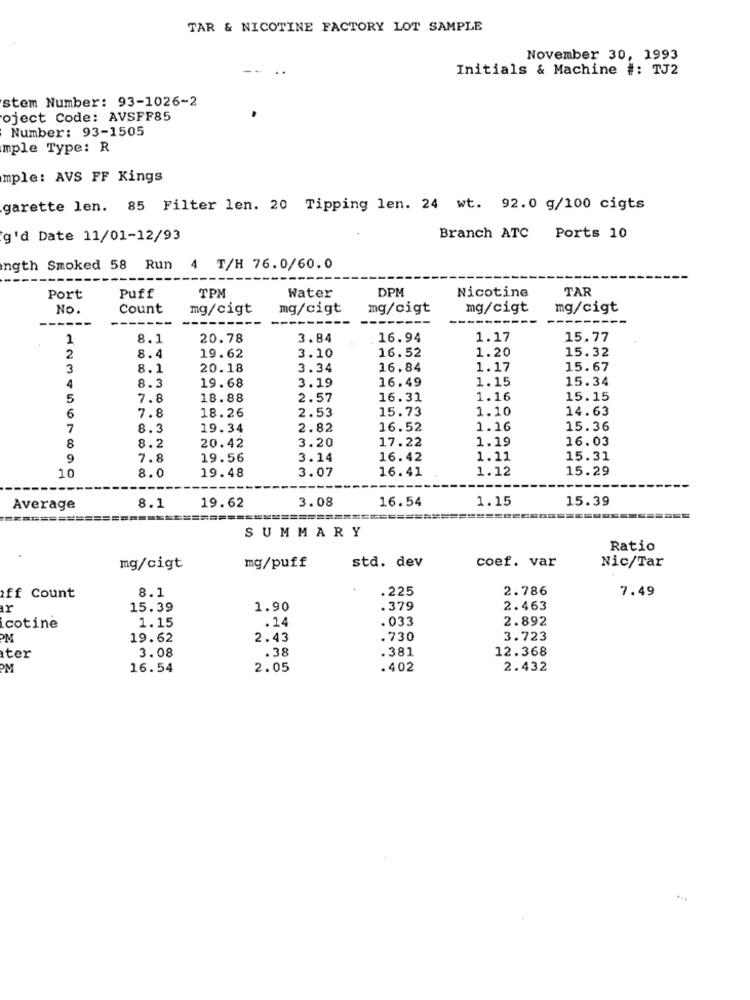
TAR & NICOTINE FACTORY LOT SAMPLE
November 30, 1993
Initials & Machine #: TJ2
stem Number: 93-1026-2
oject Code: AVSFF85
Number: 93-1505
mple Type: R
mple: AVS FF Kings
garette len. 85 Filter len. 20 Tipping len. 24 wt. 92.0 g/100 cigts
g'd Date 11/01-12/93
Branch ATC Ports 10
ngth Smoked 58 Run 4 T/H 76.0/60.0
DPM
Nicotine
TAR
Port
Puff
TPM
Water
NO.
Count
mg/cigt
mg/cigt
mg/cigt
mg/cigt
mg/cigt
----
1
8.1
20.78
3.84
16.94
1.17
15.77
16.52
1.20
15.32
2
8.4
19.62
3.10
3
8.1
20.18
3.34
16.84
1.17
15.67
19.68
16.49
1.15
15.34
4
8.3
3.19
5
7.8
18.88
2.57
16.31
1.16
15.15
15.73
1.10
14.63
6
7.8
18.26
2.53
7
8.3
19.34
2.82
16.52
1.16
15.36
8
3.20
17.22
1.19
16.03
8.2
20.42
9
7.8
19.56
3.14
16.42
1.11
15.31
16.41
1.12
15.29
10
8.0
19.48
3.07
3.08
16.54
1.15
15.39
Average
8.1
19.62
===========
====
======
SUMMARY
Ratio
coef. var
mg/cigt
mg/puff
std. dev
Nic/Tar
8.1
.225
2.786
7.49
ff Count
ar
15.39
1.90
.379
2.463
1.15
.14
.033
2.892
icotine
PM
19.62
2.43
.730
3.723
.38
.381
12.368
ter
3.08
PM
16.54
2.05
. 402
2.432